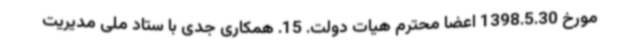
مورخ 1398.5.30 اعضا محترم هیات دولت. 15. همکاری جدی با ستاد ملی مدیریت